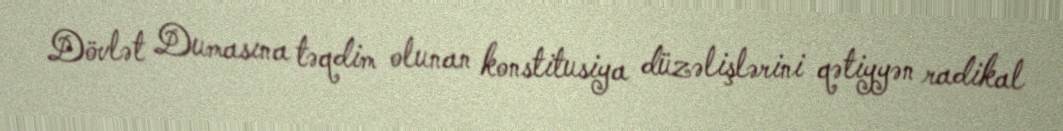
Dövlət Dumasına təqdim olunan konstitusiya düzəlişlərini qətiyyən radikal